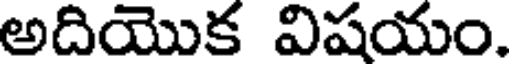
అదియొక విషయం.